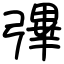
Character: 彃